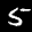
Label: 5